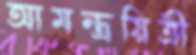
আমন্ত্রয়িত্রী